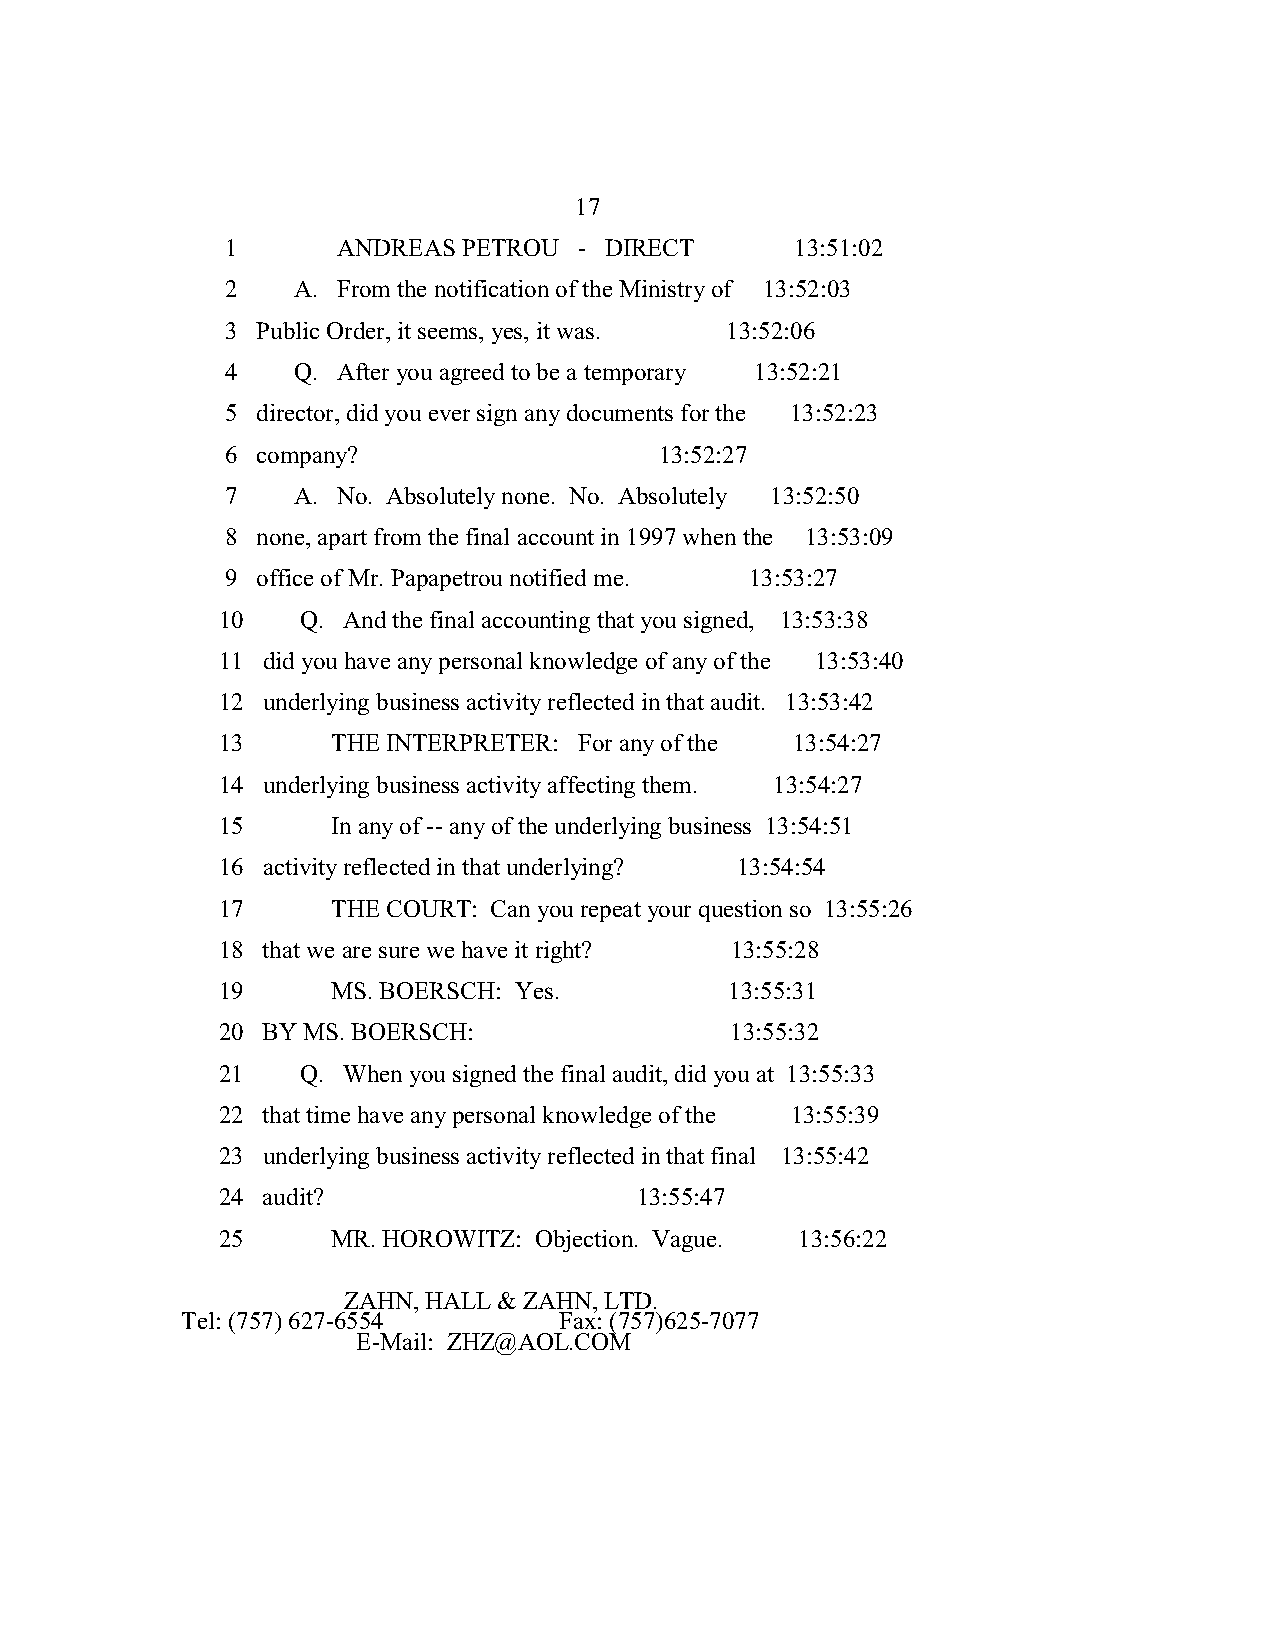
17
 1      ANDREAS  PETROU - DIRECT       13:51:02
 2   A. From the notification of the Ministry of 13:52:03
 3 Public Order, it seems, yes, it was. 13:52:06
 4   Q. After you agreed to be a temporary 13:52:21
 5 director, did you ever sign any documents for the 13:52:23
 6 company?                   13:52:27
 7   A. No. Absolutely none. No. Absolutely 13:52:50
 8 none, apart from the final account in 1997 when the 13:53:09
 9 office of Mr. Papapetrou notified me. 13:53:27
 10    Q. And the final accounting that you signed, 13:53:38
 11 did you have any personal knowledge of any of the 13:53:40
 12 underlying business activity reflected in that audit. 13:53:42
 13      THE INTERPRETER: For any of the 13:54:27
 14 underlying business activity affecting them. 13:54:27
 15      In any of -- any of the underlying business 13:54:51
 16 activity reflected in that underlying? 13:54:54
 17      THE COURT: Can you repeat your question so 13:55:26
 18 that we are sure we have it right? 13:55:28
 19      MS. BOERSCH: Yes.         13:55:31
 20 BY MS. BOERSCH:                13:55:32
 21    Q. When you signed the final audit, did you at 13:55:33
 22 that time have any personal knowledge of the 13:55:39
 23 underlying business activity reflected in that final 13:55:42
 24 audit?                   13:55:47
 25      MR. HOROWITZ: Objection. Vague. 13:56:22
 ZAHN, HALL & ZAHN, LTD.
 Tel: (757) 627-6554      Fax: (757)625-7077
 E-Mail: ZHZ@AOL.COM